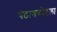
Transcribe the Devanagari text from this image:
पठाणकोटला